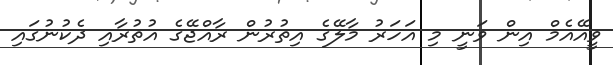
ވީއޭއެމް އިން ވަނީ މި އަހަރު މާލޭގެ އިތުރުން ރާއްޖޭގެ އުތުރާއި ދެކުނުގައި